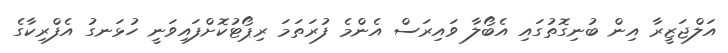
އަލްޖަޒީރާ އިން ބުނިގޮތުގައި އެބޯލާ ވައިރަސް އެންމެ ފުރަތަމަ ރިޕޯޓުކޮށްފައިވަނީ ހުޅަނގު އެފްރިކާގެ